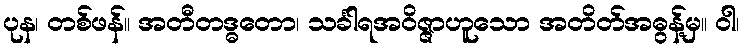
ပုန၊ တစ်ဖန်။ အတီတဒ္ဓတော၊ သင်္ခါရအဝိဇ္ဇာဟူသော အတိတ်အဓွန့်မှ။ ဝါ၊